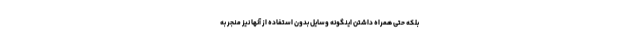
بلکه حتی همراه داشتن اینگونه وسایل بدون استفاده از آنها نیز منجر به